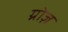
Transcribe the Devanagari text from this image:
ग्रोज़